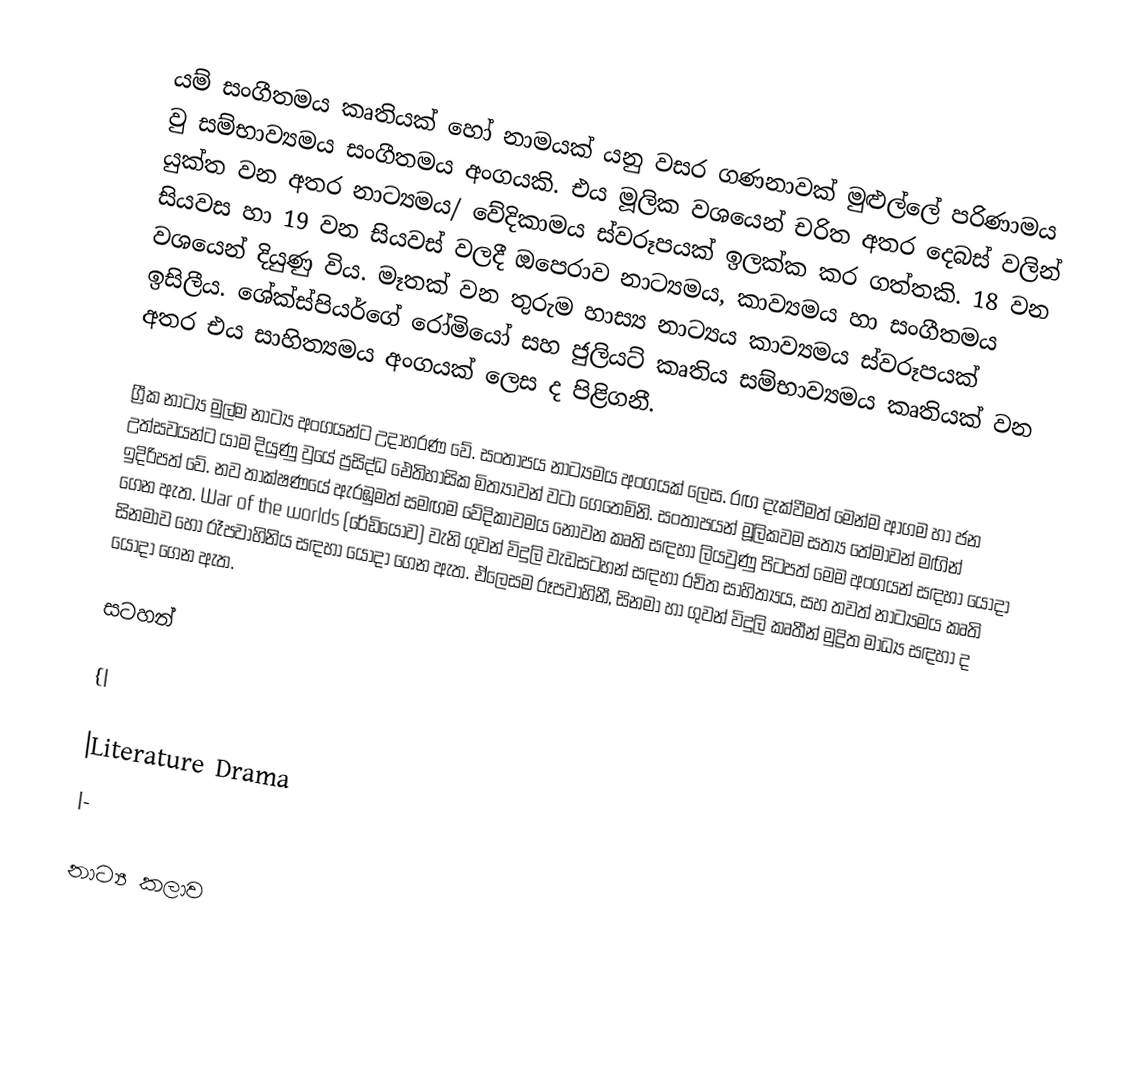
යම් සංගීතමය කෘතියක් හෝ නාමයක් යනු වසර ගණනාවක් මුළුල්ලේ පරිණාමය වු සම්භාව්‍යමය සංගීතමය අංගයකි. එය මූලික වශයෙන් චරිත අතර දෙබස් වලින් යුක්ත වන අතර නාට්‍යමය/ වේදිකාමය ස්වරූපයක් ඉලක්ක කර ගත්තකි. 18 වන සියවස හා 19 වන සියවස් වලදී ඔපෙරාව නාට්‍යමය, කාව්‍යමය හා සංගීතමය වශයෙන් දියුණු විය. මෑතක් වන තුරුම හාස්‍ය නාට්‍යය කාව්‍යමය ස්වරූපයක් ඉසිලීය. ශේක්ස්පියර්ගේ රෝමියෝ සහ ජුලියට් කෘතිය සම්භාව්‍යමය කෘතියක් වන අතර එය සාහිත්‍යමය අංගයක් ලෙස ද පිළිගනී.

ග්‍රීක නාට්‍ය මුල්ම නාට්‍ය අංගයන්ට උදාහරණ වේ. සංතාපය නාට්‍යමය අංගයක් ලෙස. රඟ දැක්වීමත් මෙන්ම ආගම හා ජන උත්සවයන්ට යාම දියුණු වුයේ ප්‍රසිද්ධ ඓතිහාසික මිත්‍යාවන් වටා ගෙතෙමිනි. සංතාපයන් මූලිකවම සත්‍ය තේමාවන් මඟින් ඉදිරිපත් වේ. නව තාක්ෂණයේ ඇරඹුමත් සමඟම වේදිකාවමය නොවන කෘති සඳහා ලියවුණු පිටපත් මෙම අංගයන් සඳහා යොදා ගෙන ඇත.  War of the worlds (රේඩියෝව) වැනි ගුවන් විදුලි වැඩසටහන් සඳහා රචිත සාහිත්‍යය, සහ තවත් නාට්‍යමය කෘති සිනමාව හෝ රෑපවාහිනිය සඳහා යොදා ගෙන ඇත. ඒලෙසම රූපවාහිනී, සිනමා හා ගුවන් විදුලි කෘතීන් මුද්‍රිත මාධ්‍ය සඳහා ද යොදා ගෙන ඇත.

සටහන්

{|

|Literature Drama
|-

නාට්‍ය කලාව